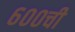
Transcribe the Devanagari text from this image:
६००ची